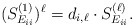
\begin{align*}(S^{(1)}_{E_{ii}})^{\ell} = d_{i,\ell} \cdot S^{(\ell)}_{E_{ii}}.\end{align*}